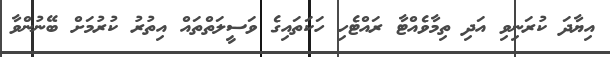
އިޔާދަ ކުރަނިވި އަދި ތިމާވެއްޓާ ރައްޓެހި ހަކަތައިގެ ވަސީލަތްތައް އިތުރު ކުރުމަށް ބޭނުންވާ